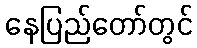
နေပြည်တော်တွင်